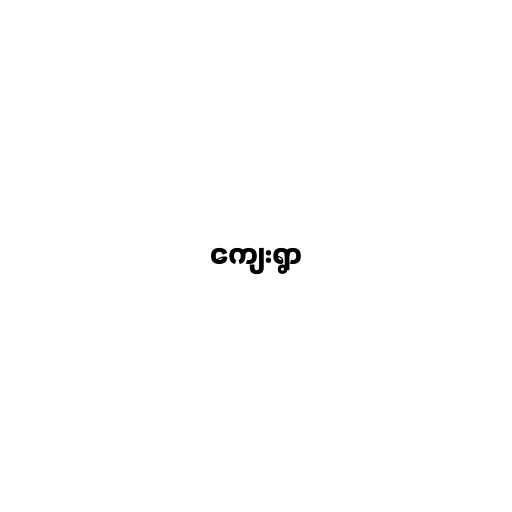
ကျေးရွာ